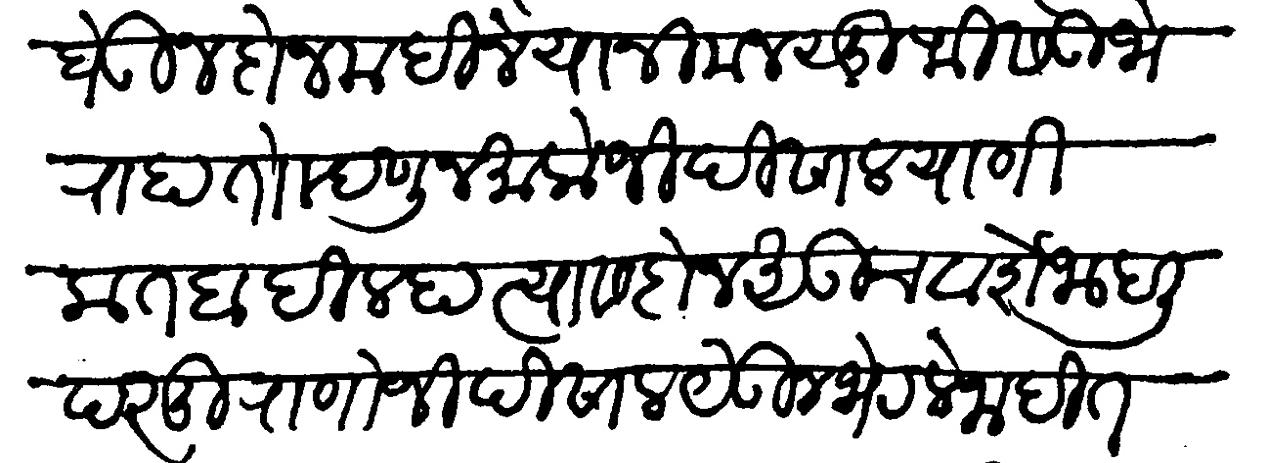
Transliteration (Devanagari): घेऊन दो महिने यानी मनसुफिस उभे राहातो म्हणून मालोजी पिसाल याणी कतबा दिल्हा त्यास दोन अडीच वर्षे जाहाली परंतु राणोजी पिसाल येऊन भेटले नाहीत